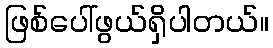
ဖြစ်ပေါ်ဖွယ်ရှိပါတယ်။